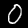
Label: 0